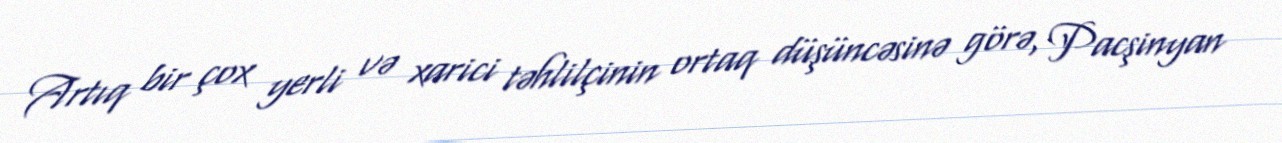
Artıq bir çox yerli və xarici təhlilçinin ortaq düşüncəsinə görə, Pacşinyan